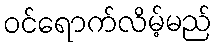
ဝင်ရောက်လိမ့်မည်